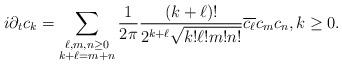
LaTeX: \begin{align*}i \partial_t c_k = \sum_{\substack{ \ell,m,n \geq 0 \\ k + \ell = m + n }} \frac{1}{2\pi} \frac{(k + \ell)!}{2^{k+\ell} \sqrt{k! \ell ! m ! n!}} \overline{c_\ell} c_m c_n, k\geq 0.\end{align*}